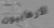
الارهابيون